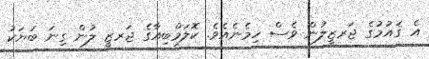
އެ ޤައުމުގެ ޖަރޒީލުން ވެސް ހިމެނެއެވެ. ކޮލަމްބިއާގެ ޖަރޒީ ލުން ގިނަ ބަޔަކު